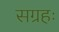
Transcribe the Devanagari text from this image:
सग्रहः